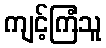
ကျင့်ကြံသူ